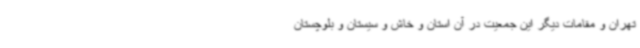
تهران و مقامات دیگر این جمعیت در آن استان و خاش و سیستان و بلوچستان